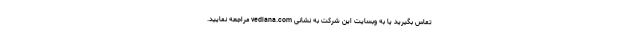
تماس بگیرید یا به وبسایت این شرکت به نشانی vediana.com مراجعه نمایید.